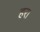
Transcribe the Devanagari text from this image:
हर।